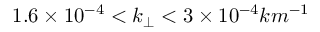
1 . 6 \times 1 0 ^ { - 4 } < k _ { \perp } < 3 \times 1 0 ^ { - 4 } k m ^ { - 1 }